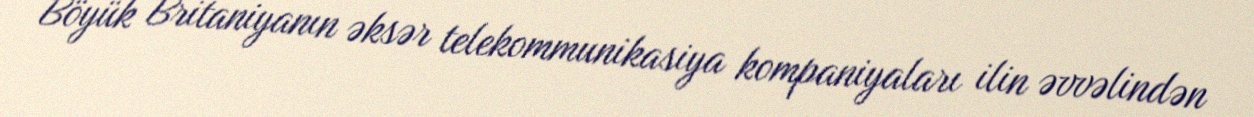
Böyük Britaniyanın əksər telekommunikasiya kompaniyaları ilin əvvəlindən